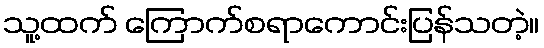
သူ့ထက် ကြောက်စရာကောင်းပြန်သတဲ့။